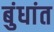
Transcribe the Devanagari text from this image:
बुंधांत